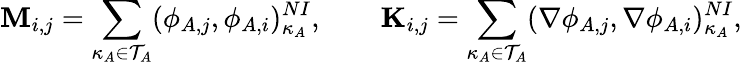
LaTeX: \mathbf{M}_{i,j}=\sum_{\kappa_{A}\in\mathcal{T}_{A}}(\phi_{A,j},\phi_{A,i})_{\kappa_{A}}^{NI},\qquad\mathbf{K}_{i,j}=\sum_{\kappa_{A}\in\mathcal{T}_{A}}(\nabla\phi_{A,j},\nabla\phi_{A,i})_{\kappa_{A}}^{NI},